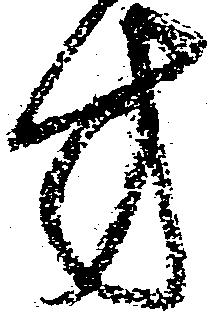
方